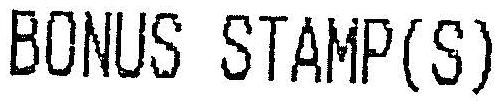
BONUS STAMP(S)